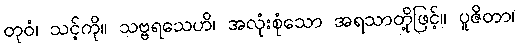
တုဝံ၊ သင့်ကို။ သဗ္ဗရသေဟိ၊ အလုံးစုံသော အရသာတို့ဖြင့်။ ပူဇိတာ၊